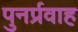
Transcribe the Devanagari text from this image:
पुनर्प्रवाह